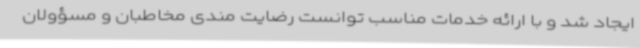
ایجاد شد و با ارائه خدمات مناسب توانست رضایت مندی مخاطبان و مسؤولان